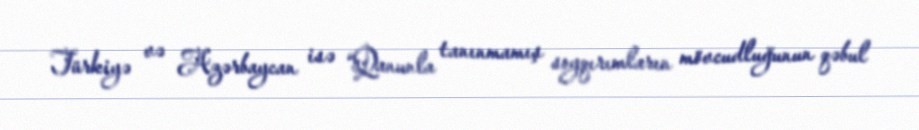
Türkiyə və Azərbaycan isə “Qanunla tanınmamış soyqırımların mövcudluğunun qəbul